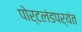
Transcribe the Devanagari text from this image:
पोर्टलंडपर्यंत